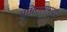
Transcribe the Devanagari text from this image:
अम्रितागमया